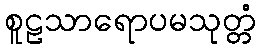
စူဠသာရောပမသုတ္တံ